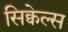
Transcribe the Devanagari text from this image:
सिक्वेल्स